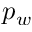
p _ { w }